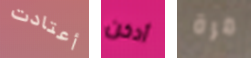
أعتادت أدخن مرة